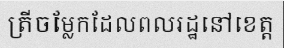
ត្រីចម្លែកដែលពលរដ្ឋនៅខេត្ត